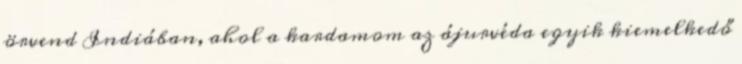
örvend Indiában, ahol a kardamom az ájurvéda egyik kiemelkedő